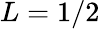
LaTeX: L=1/2